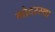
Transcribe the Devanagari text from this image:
गोदरस्था